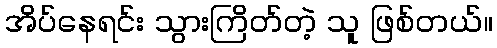
အိပ်နေရင်း သွားကြိတ်တဲ့ သူ ဖြစ်တယ်။